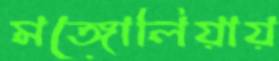
মঙ্গোলিয়ায়